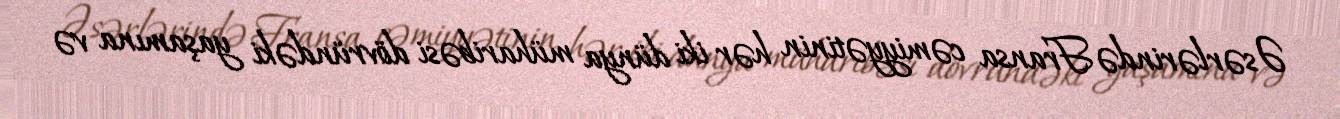
Əsərlərində Fransa cəmiyyətinin hər iki dünya müharibəsi dövründəki yaşamına və